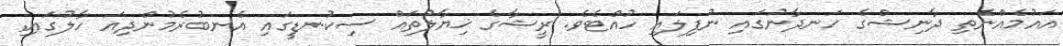
އައުމެއްނެތި ދާނިޝްގެ ހަނދާނުގައި ނުފިލައި ހުއްޓެވެ. ރީޝާގެ ޚިޔާލުތައް ސިކުނޑީީގައި އެނބުރެމުންދިއަ ހާލުގައި